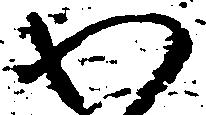
わ